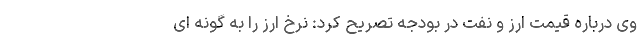
وی درباره قیمت ارز و نفت در بودجه تصریح کرد: نرخ ارز را به گونه ای